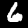
Label: 6